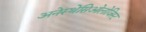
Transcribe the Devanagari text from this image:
अनेस्थेसिओलोजिस्ट